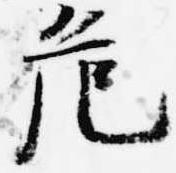
危